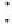
: